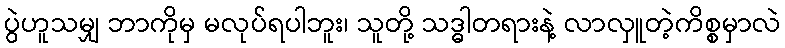
ပွဲဟူသမျှ ဘာကိုမှ မလုပ်ရပါဘူး၊ သူတို့ သဒ္ဓါတရားနဲ့ လာလှူတဲ့ကိစ္စမှာလဲ